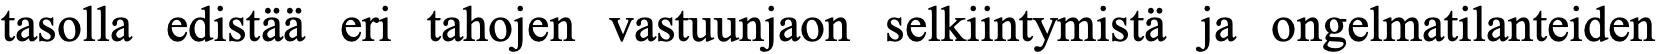
tasolla edistää eri tahojen vastuunjaon selkiintymistä ja ongelmatilanteiden